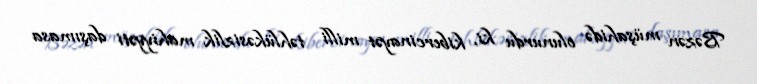
Bəzən müşahidə olunurdu ki, kibercinayət milli təhlükəsizlik mahiyyəti daşımasa